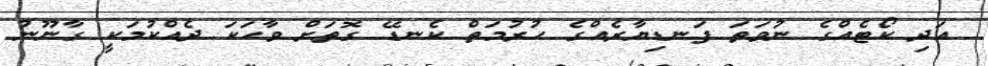
އަދި ކޯޓެއްގެ ނުވަތަ ފަނޑިޔާރެއްގެ ހުރުމަތް ކެނޑޭ ގޮތަށް ވާހަކަ ދެއްކުމަކީ ގާނޫނު